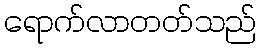
ရောက်လာတတ်သည်